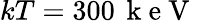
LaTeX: kT=300\, \mathrm{~k~e~V~}